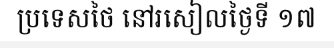
ប្រទេសថៃ នៅរសៀលថ្ងៃទី ១៧